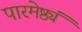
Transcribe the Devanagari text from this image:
पारमेष्ठ्यं